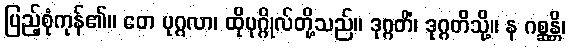
ပြည့်စုံကုန်၏။ တေ ပုဂ္ဂလာ၊ ထိုပုဂ္ဂိုလ်တို့သည်။ ဒုဂ္ဂတိံ၊ ဒုဂ္ဂတိသို့။ န ဂစ္ဆန္တိ၊